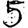
Digit: 5